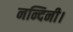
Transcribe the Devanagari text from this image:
नन्दिनी।